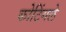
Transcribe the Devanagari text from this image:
कोटिंगले